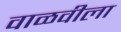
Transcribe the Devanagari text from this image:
वाळवीला